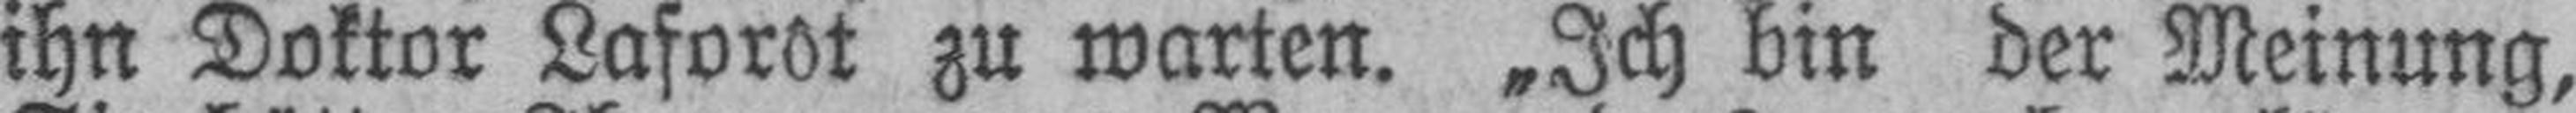
ihn Doktor Laforêt zu warten. „Ich bin der Meinung,